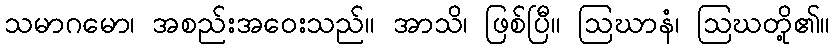
သမာဂမော၊ အစည်းအဝေးသည်။ အာသိ၊ ဖြစ်ပြီ။ ဩဃာနံ၊ ဩဃတို့၏။